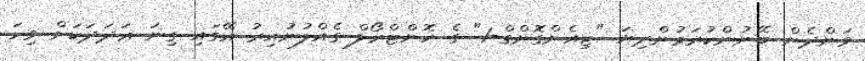
ވަންދެން ބޭނުންކުރަމުންދިޔަ "ޓިއެންގޮންގް-1" ގެ ކޮންޓްރޯލް ގެއްލުނުއިރު އޭގައި ގިނަ ޢަދަދަކަށް ވިހަ